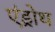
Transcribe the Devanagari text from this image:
एंड्रोथ